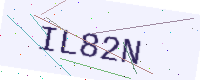
Text: IL82N